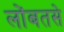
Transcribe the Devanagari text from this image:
लोंबतसे